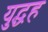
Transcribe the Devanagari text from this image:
युद्धह